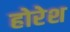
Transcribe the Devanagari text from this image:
होरेश